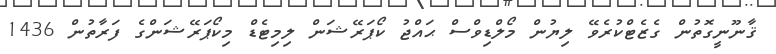
ޤާނޫނީގޮތުން ގެޒެޓްކުރެވޭ ލިޔުން މޯލްޑިވްސް ޙައްޖު ކޯޕަރޭޝަން ލިމިޓެޑް މިކޯޕަރޭޝަންގެ ފަރާތުން 1436